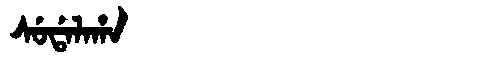
Manchu: ᠰᡠᡩᠠᠯᠠᡥᠠ
Romanization: SUDALAHA